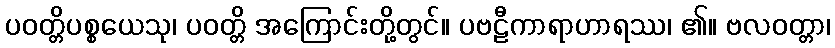
ပဝတ္တိပစ္စယေသု၊ ပဝတ္တိ အကြောင်းတို့တွင်။ ပဗဠီကာရာဟာရဿ၊ ၏။ ဗလဝတ္တာ၊